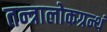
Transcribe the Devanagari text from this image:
तन्त्रालोकग्रन्थं